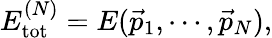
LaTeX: E_{\mathrm{tot}}^{(N)}=E(\vec{p}_{1},\cdots,\vec{p}_{N}),